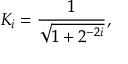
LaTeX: K _ { i } = { \frac { 1 } { \sqrt { 1 + 2 ^ { - 2 i } } } } ,